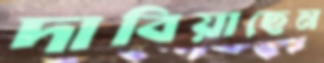
দাবিয়াছেন